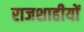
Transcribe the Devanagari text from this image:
राजशाहीयों